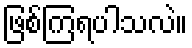
ဖြစ်ကြရပါသလဲ။